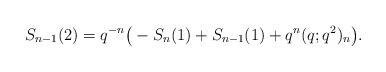
LaTeX: \begin{align*}S_{n-1}(2)&=q^{-n} \big(-S_{n}(1)+S_{n-1}(1)+ q^{n}(q;q^2)_{n} \big). \end{align*}